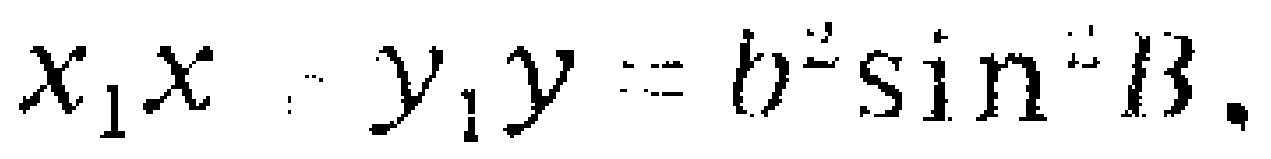
$x_{1}x - y_{1}y = b^{2}\sin^{2}B.$